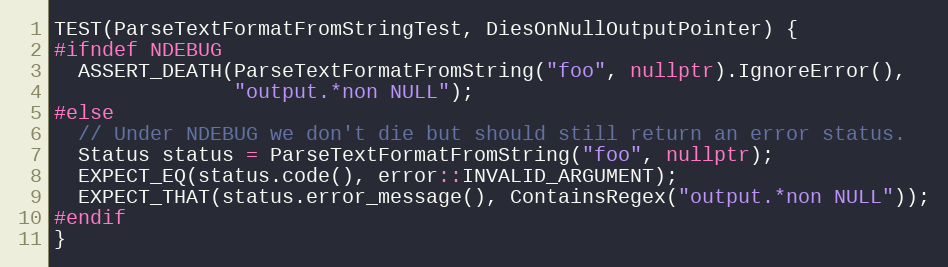
Language: C++
TEST(ParseTextFormatFromStringTest, DiesOnNullOutputPointer) {
#ifndef NDEBUG
  ASSERT_DEATH(ParseTextFormatFromString("foo", nullptr).IgnoreError(),
               "output.*non NULL");
#else
  // Under NDEBUG we don't die but should still return an error status.
  Status status = ParseTextFormatFromString("foo", nullptr);
  EXPECT_EQ(status.code(), error::INVALID_ARGUMENT);
  EXPECT_THAT(status.error_message(), ContainsRegex("output.*non NULL"));
#endif
}